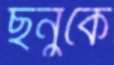
ছনুকে